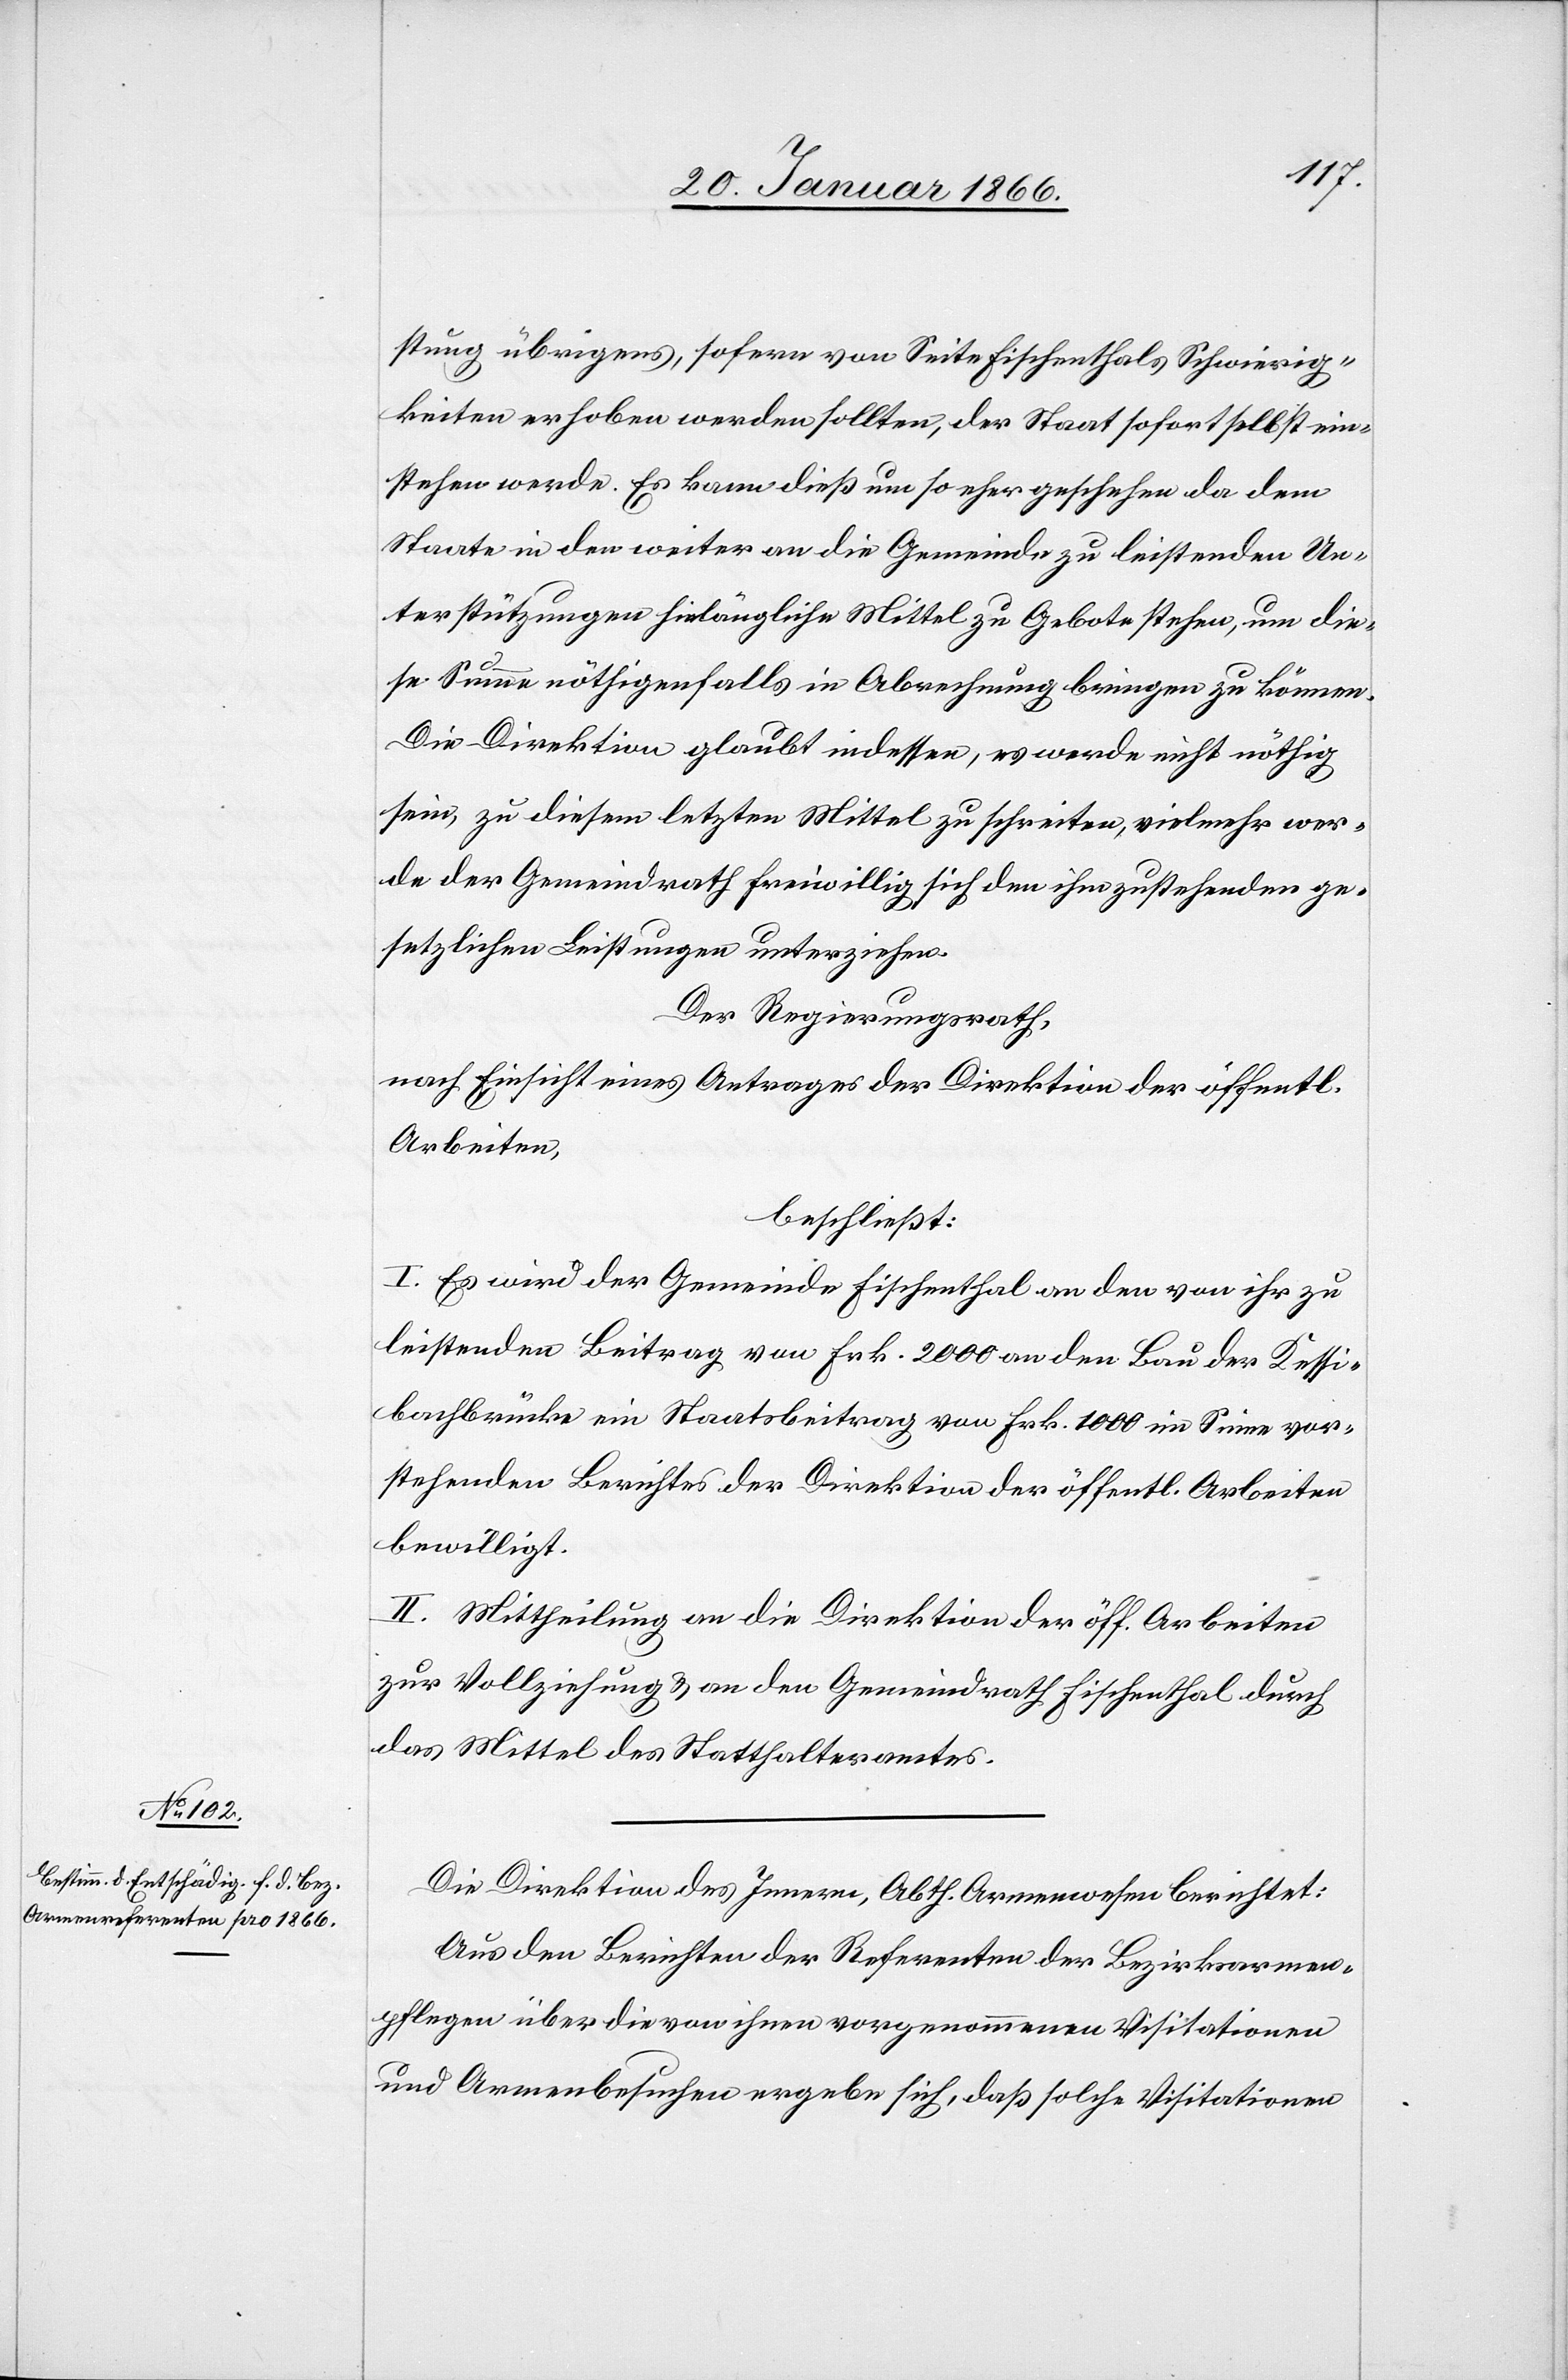
stung übrigens, sofern von Seite Fischenthals Schwierig¬
keiten erhoben werden sollten, der Staat sofort selbst ein¬
stehen werde, Es kann dieß um so eher geschehen da dem
Staate in den weiter an die Gemeinde zu leistenden Un¬
terstützungen hinlänglich Mittel zu Gebote stehen, um die¬
se Summe nöthigenfalls in Abrechnung bringen zu können.
Die Direktion glaubt indessen, es werde nicht nöthig
sein, zu diesem letzten Mittel zu schreiten, vielmehr wer¬
de der Gemeindrath freiwillig sich den ihm zustehenden ge¬
setzlichen Leistungen unterziehen.
Der Regierungsrath,
nach Einsicht eines Antrages der Direktion der öffentl.
Arbeiten,
beschließt:
I. Es wird der Gemeinde Fischenthal an den von ihr zu
leistenden Beitrag von Frk. 2000 an den Bau der Kessi¬
bachbrücke ein Staatsbeitrag von Frk. 1000 im Sinne vor¬
stehenden Berichtes der Direktion der öffentl. Arbeiten
bewilligt.
II. Mittheilung an die Direktion der öff. Arbeiten
zur Vollziehung u. an den Gemeindrath Fischenthal durch
das Mittel des Statthalteramtes.
Die Direktion des Innern, Abth. Armenwesen berichtet:
Aus den Berichten der Referenten der Bezirksarmen¬
pflegen über die von ihnen vorgenommenen Visitationen
und Armenbesuchen ergebe sich, daß solche Visitationen